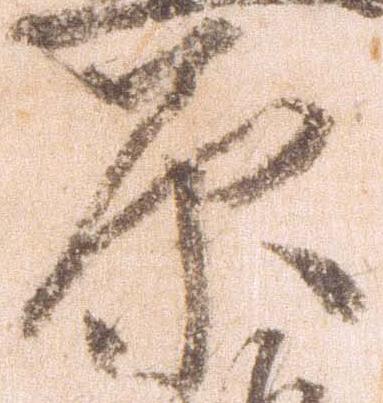
原